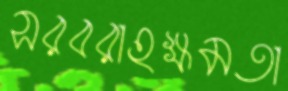
সরবরাহক্ষমতা